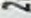
2